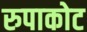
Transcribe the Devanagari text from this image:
रुपाकोट